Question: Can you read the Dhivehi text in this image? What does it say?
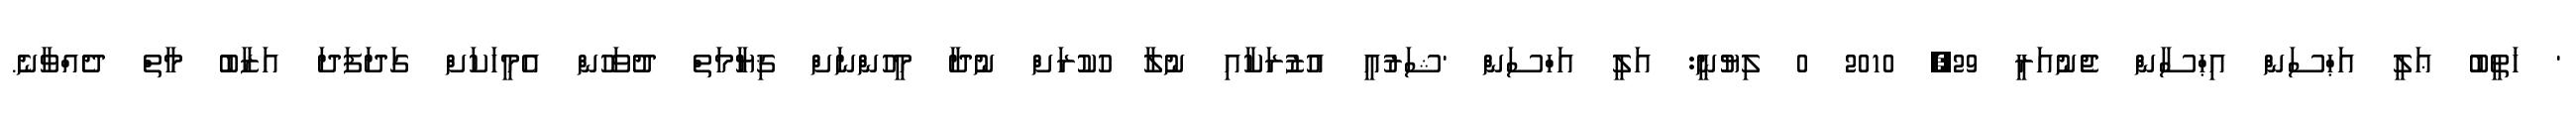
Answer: ' ޚަތީބު ޢަލީ އަޙްސަން އިޙްސާން ޖެނުއަރީ 29, 2010 0 ލިޔުނީ: އަލީ އަހްސަން 'ޝަރުއީ އުޒުރަކާއި ނުލާ ހުކުރަށް ނުދާ މީހުންނަށް ޤިޔާމަތް ދުވަހުން އެމީހަކަށް ގަދަފަދަ އަޒާބު މާތް ދެއްވާނެ.